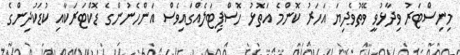
މިނިސްޓަރު ވިދާޅުވީ ވޭތުވެދިޔަ އަހަރު ކޮންމެ އަތޮޅު ހޮސްޕިޓަލެއްގައިވެސް އަންހެނުންގެ ޑޮކްޓަރަކާއި ކުޑަކުދިންގެ